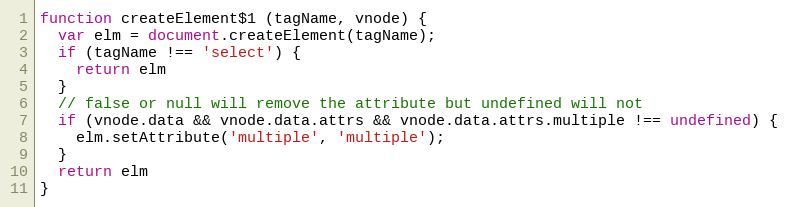
Language: JavaScript
function createElement$1 (tagName, vnode) {
  var elm = document.createElement(tagName);
  if (tagName !== 'select') {
    return elm
  }
  // false or null will remove the attribute but undefined will not
  if (vnode.data && vnode.data.attrs && vnode.data.attrs.multiple !== undefined) {
    elm.setAttribute('multiple', 'multiple');
  }
  return elm
}